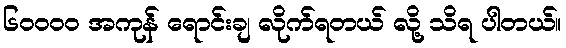
၆၀၀၀၀ အကုန် ရောင်းချ လိုက်ရတယ် လို့ သိရ ပါတယ်။